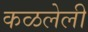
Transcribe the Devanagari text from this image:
कळलेली